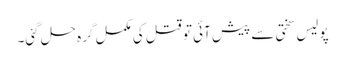
پولیس سختی سے پیش آئی تو قتل کی مکمل گرہ حل گئی۔